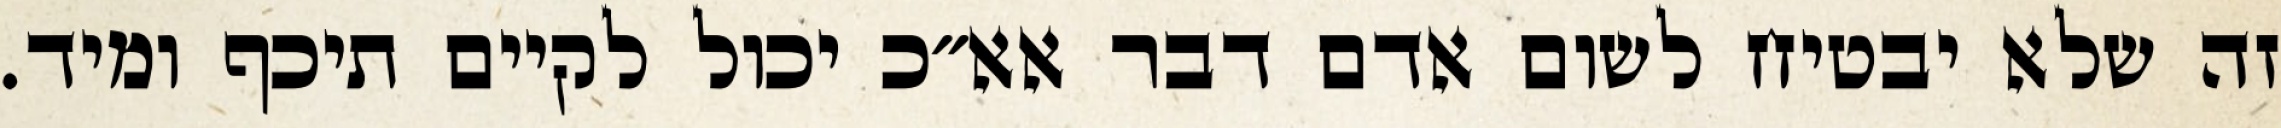
זה שלא יבטיח לשום אדם דבר אא״כ יכול לקיים תיכף ומיד.